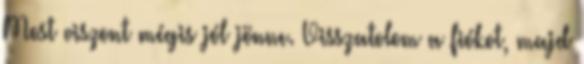
Most viszont mégis jól jönne. Visszatolom a fiókot, majd